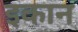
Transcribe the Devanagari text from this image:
इकान